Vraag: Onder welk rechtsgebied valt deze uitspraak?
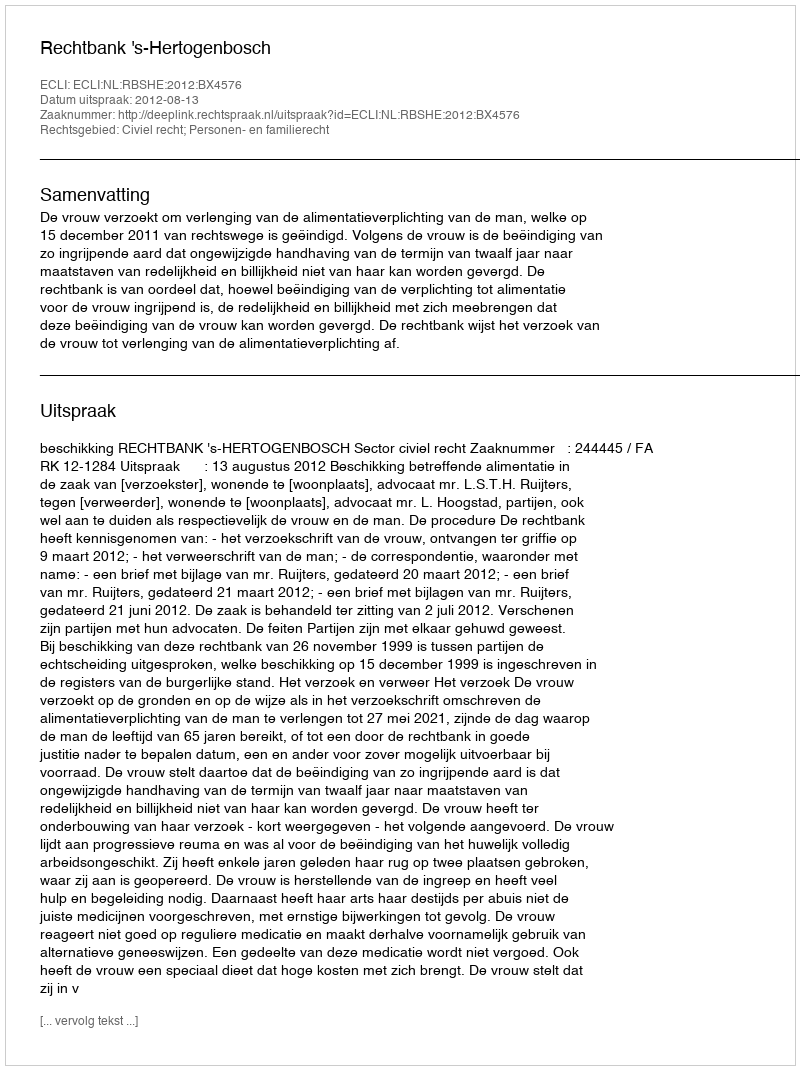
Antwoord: Civiel recht; Personen- en familierecht